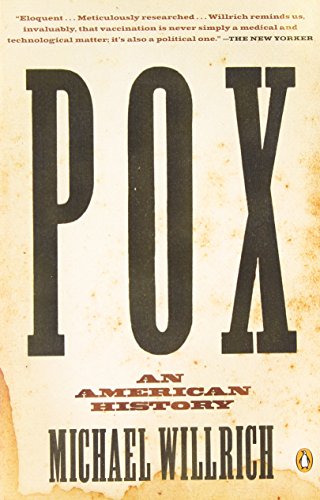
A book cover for Pox: An American History (Penguin History of American Life); Michael Willrich; Medical Books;